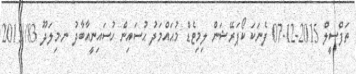
ތަފްސީލް 2015-12-07 ފެނަކަ ކޯޕަރޭޝަން ލިމިޓެޑް މުޙައްމަދު ޙުސައިން ހުސައިނީއާބާދު ނ.މިލަދޫ 83//2015